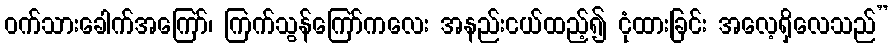
ဝက်သားခေါက်အကြော်၊ ကြက်သွန်ကြော်ကလေး အနည်းငယ်ထည့်၍ ငုံထားခြင်း အလေ့ရှိလေသည်”